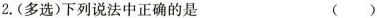
2.(多选)下列说法中正确的是 ()